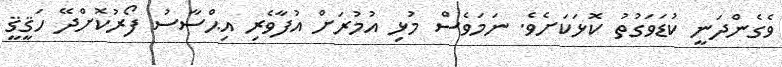
ވެގެންދަނީ ކުޑަވަގުތު ކޮޅަކަށެވެ. ނަމަވެސް މުޅި އުމުރަށް އުފާވެރި އިޙްސާސު ފޯރުކޮށްދޭ ހަޤީޤީ